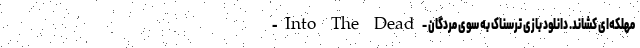
مهلکه‌ای کشاند. دانلود بازی ترسناک به سوی مردگان - Into The Dead –